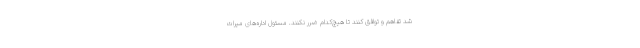
شد تفاهم و توافق کنند تا هیچ‌کدام ضرر نکنند. مسئول اداره‌های میراث